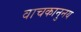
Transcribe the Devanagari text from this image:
वाचकानुनय